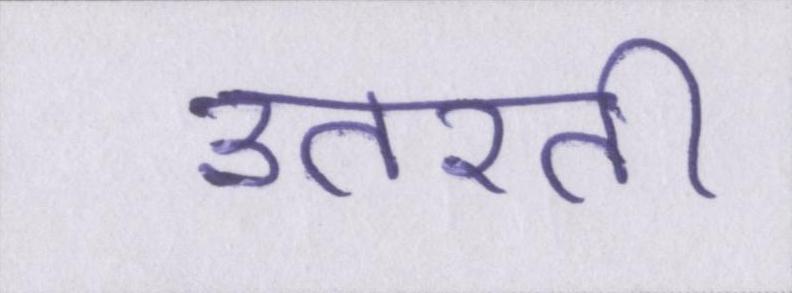
उतरती